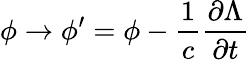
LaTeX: \phi\to\phi^{\prime}=\phi-{\frac{1}{c}}{\frac{\partial\Lambda}{\partial t}}